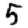
Digit: 5